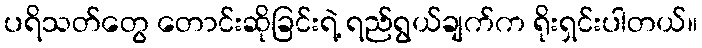
ပရိသတ်တွေ တောင်းဆိုခြင်းရဲ့ ရည်ရွယ်ချက်က ရိုးရှင်းပါတယ်။